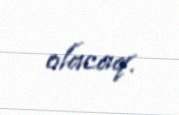
olacaq.